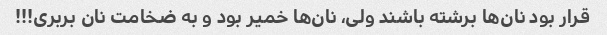
قرار بود نان‌ها برشته باشند ولی، نان‌ها خمیر بود و به ضخامت نان بربری!!!